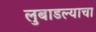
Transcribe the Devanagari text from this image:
लुबाडल्याचा